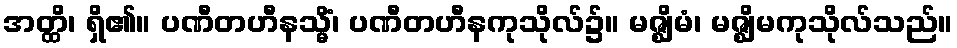
အတ္ထိ၊ ရှိ၏။ ပဏီတဟီနသ္မိံ၊ ပဏီတဟီနကုသိုလ်၌။ မဇ္ဈိမံ၊ မဇ္ဈိမကုသိုလ်သည်။